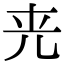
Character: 𠒀